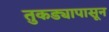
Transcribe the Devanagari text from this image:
तुकड्यापासून